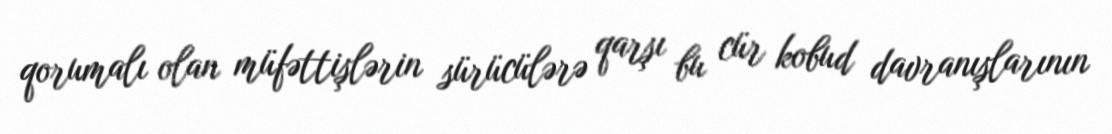
qorumalı olan müfəttişlərin sürücülərə qarşı bu cür kobud davranışlarının